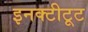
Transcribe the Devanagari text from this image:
इनक्टीटूट